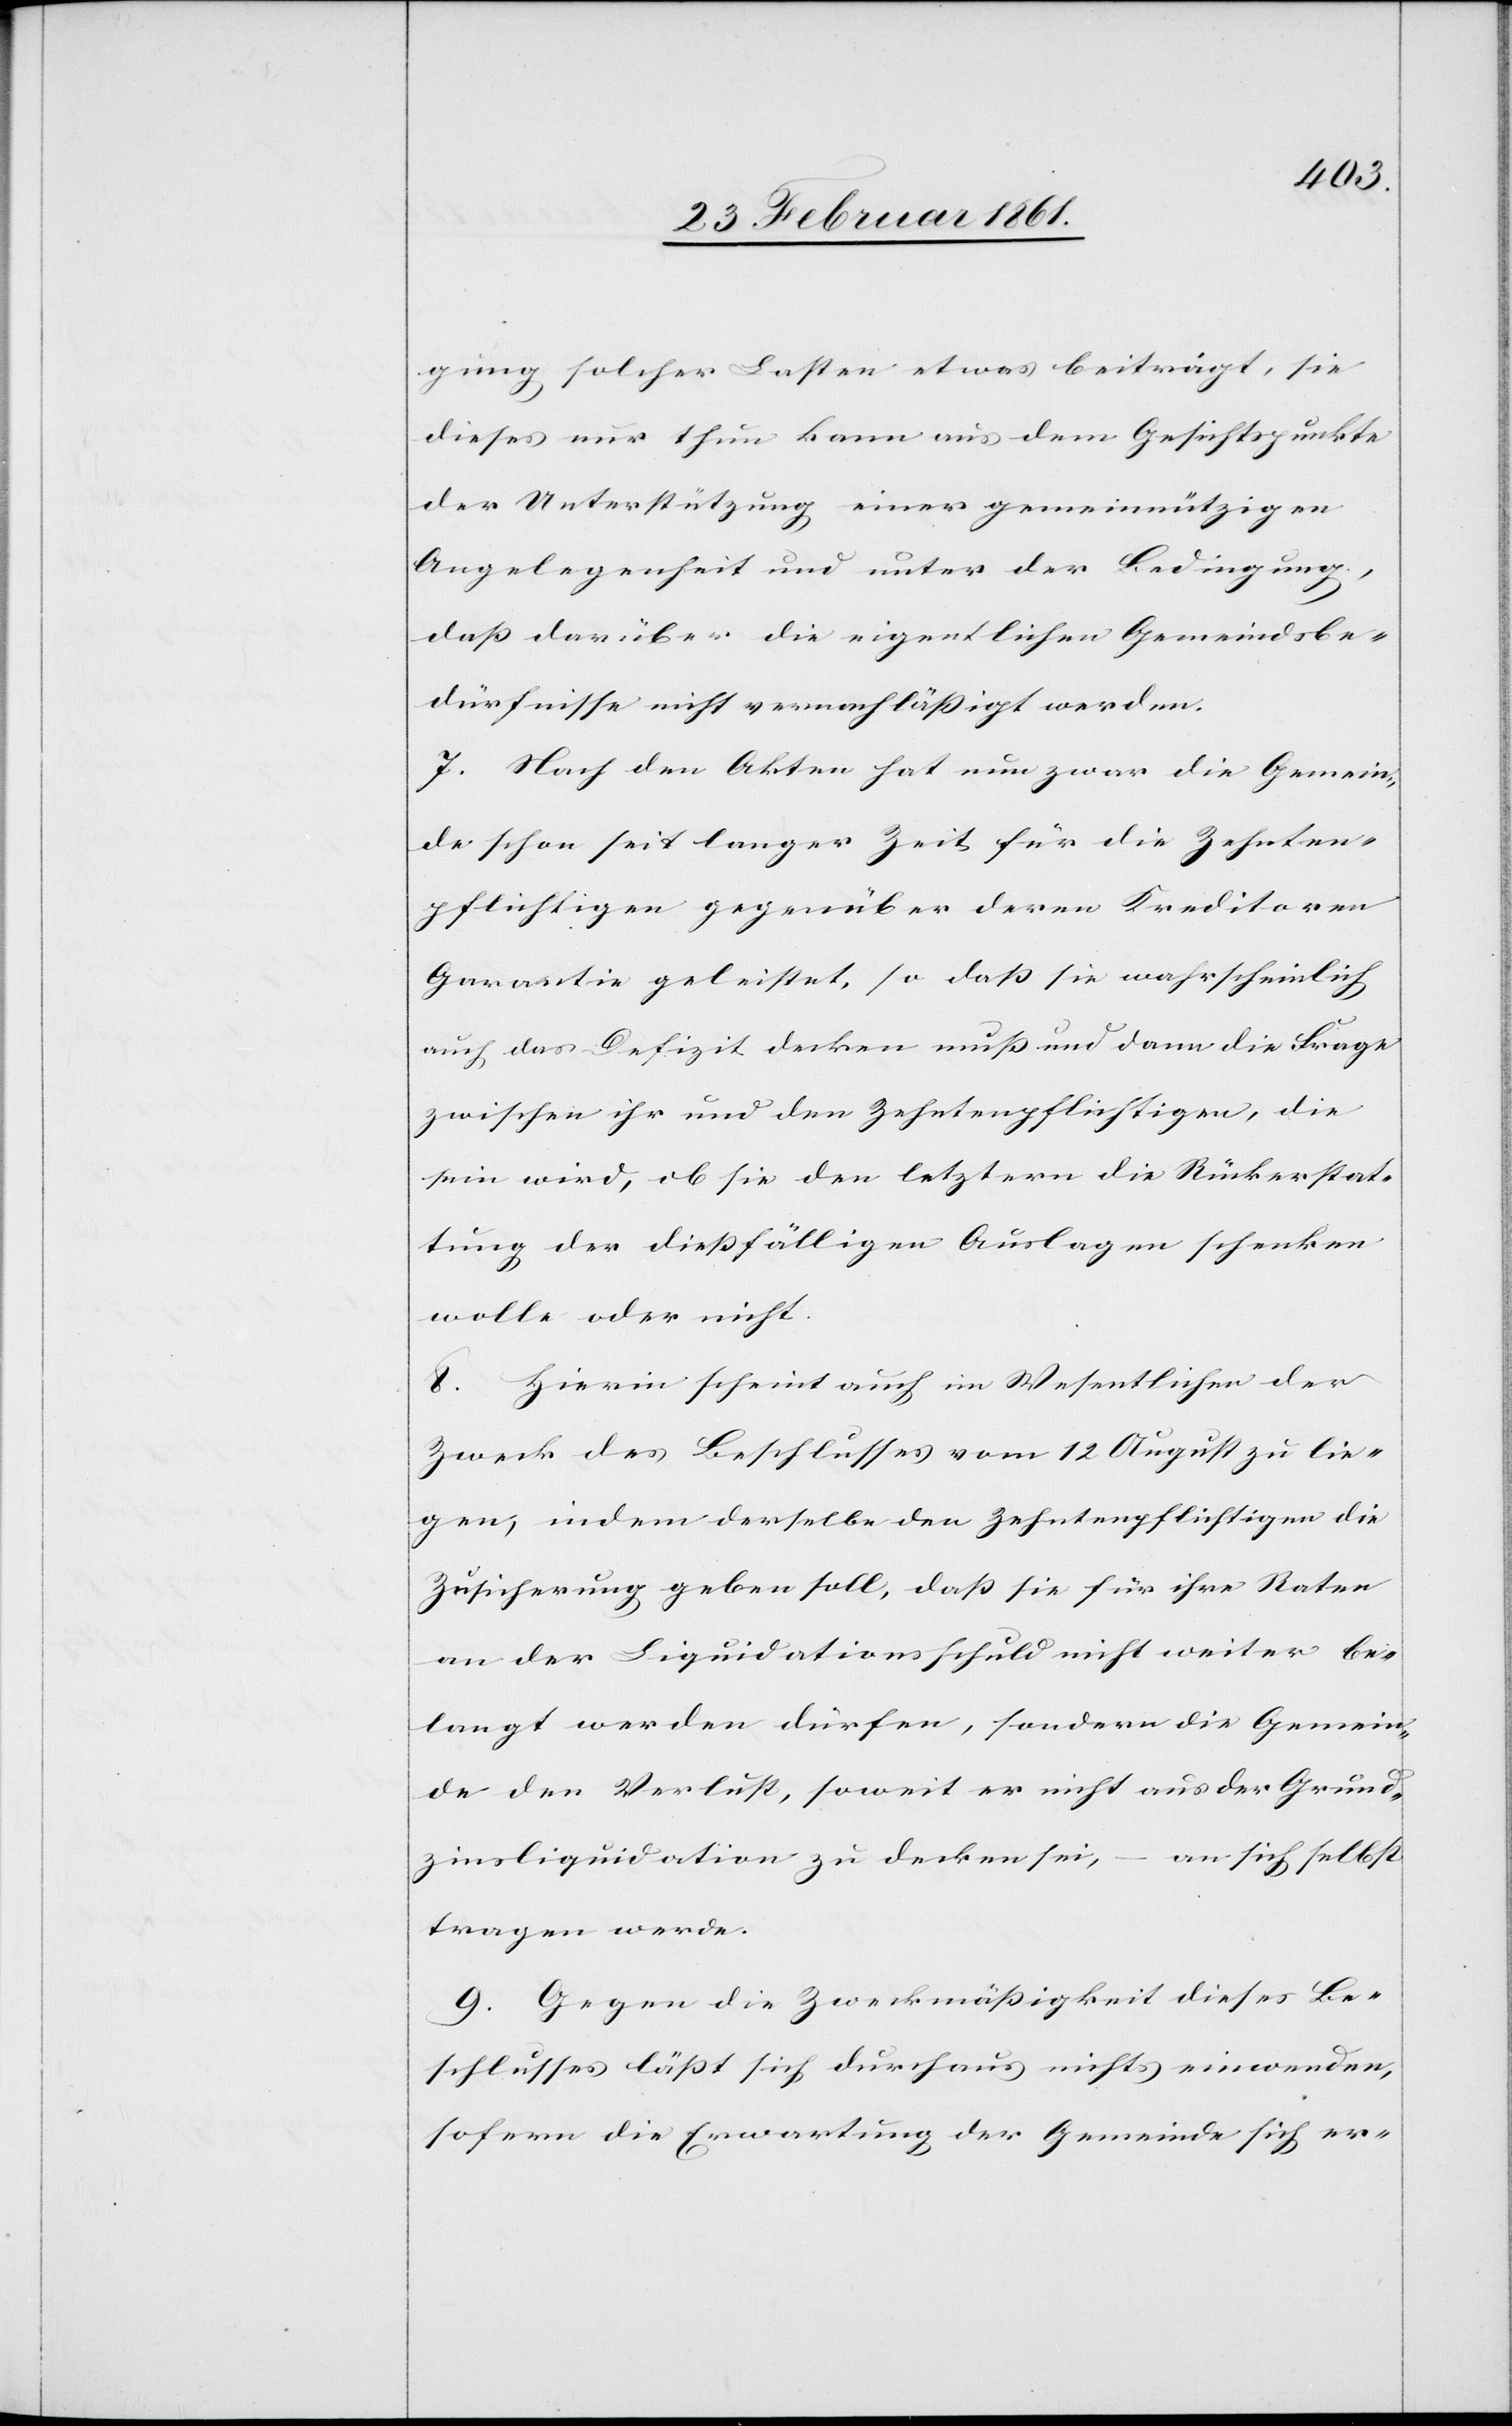
gung solcher Lasten etwas beiträgt, sie
dieses nur thun kann aus dem Gesichtspunkte
der Unterstützung einer gemeinnützigen
Angelegenheit und unter der Bedingung,
dass darüber die eigentlichen Gemeindsbe¬
dürfnisse nicht vernachlässigt werden.
7. Nach den Akten hat nun zwar die Gemein¬
de schon seit langer Zeit für die Zehnten¬
pflichtigen gegenüber deren Kreditoren
Garantie geleistet, so dass sie wahrscheinlich
auch das Defizit decken muss und dann die Frage
zwischen ihr und den Zehntenpflichtigen, die
sein wird, ob sie den letztern die Rückerstat¬
tung der diessfälligen Auslagen schenken
wolle oder nicht.
8. Hierin scheint auch im Wesentlichen der
Zweck des Beschlusses vom 12. August zu lie¬
gen, indem derselbe den Zehntenpflichtigen die
Zusicherung geben soll, dass sie für ihre Raten
an der Liquidationsschuld nicht weiter be¬
langt werden dürfen, sondern die Gemein¬
de den Verlust, soweit er nicht aus der Grund¬
zinsliquidation zu decken sei, – an sich selbst
tragen werde.
9. Gegen die Zweckmässigkeit dieses Be¬
schlusses lässt sich durchaus nichts einwenden,
sofern die Erwartung der Gemeinde sich er-